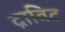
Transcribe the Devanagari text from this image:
द्राविट